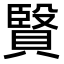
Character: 𧷙